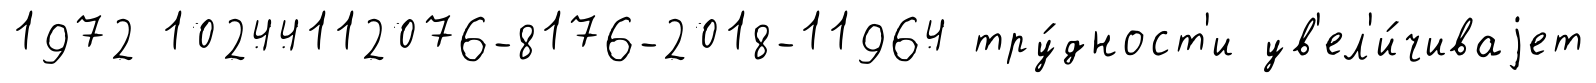
1972 10244112076-8176-2018-11964 тру́дност'и ув'ел'и́чиваjет